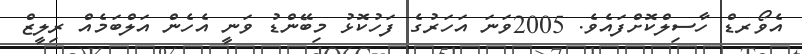
އެވޯރޑް ހާސިލްކޮށްފައެވެ. 2005ވަނަ އަހަރުގެ ފަހުކޮޅު މިބޭންޑު ވަނީ އެހެން އަލްބަމެއް ރިލީޒް